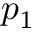
p _ { 1 }